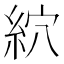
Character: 䋉